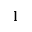
\mathbf l